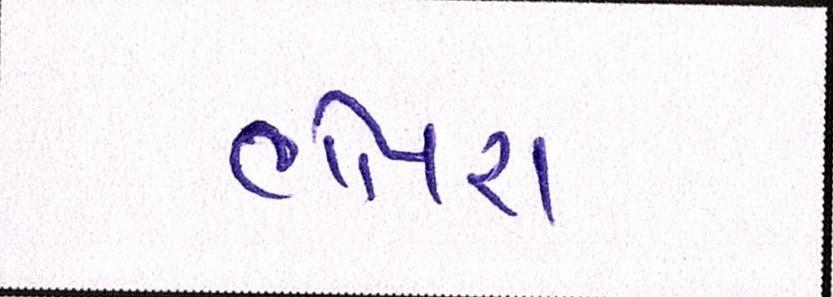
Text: ભોયરા